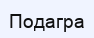
Подагра